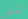
أمشى